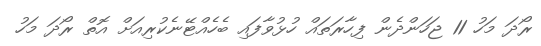
ރޯދަ މަހު 11 ޖަހަންދެން ފިހާރަތައް ހުޅުވާފައި ބެހެއްޓޭނެކުރިއަށް އޮތް ރޯދަ މަހު